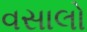
વસાલો